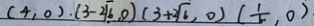
( 4 , 0 ) ( 3 - 2 \sqrt { 6 } , 0 ) ( 3 + 2 \sqrt { 6 } , 0 ) ( \frac { 1 } { 6 } , 0 ) .